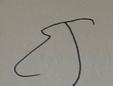
Signature authenticity: forged